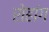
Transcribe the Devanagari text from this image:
रोहांग